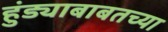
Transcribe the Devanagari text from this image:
हुंड्याबाबतच्या